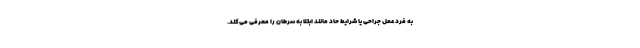
به فرد عمل جراحی یا شرایط حاد مانند ابتلا به سرطان را معرفی می‌کند.